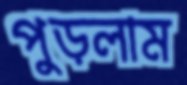
পুড়লাম